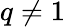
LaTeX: q\ne 1